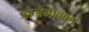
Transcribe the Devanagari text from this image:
आजेगावकर